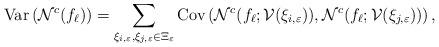
LaTeX: \begin{align*} {\rm Var} \left( \mathcal{N}^{c} (f_{\ell })\right) =\sum_{\xi_{i,\varepsilon}, \xi_{j,\varepsilon}\in \Xi_\varepsilon } {\rm Cov} \left( \mathcal{N}^{c}(f_{\ell }; {\cal V}(\xi _{i,\varepsilon }) ),\mathcal{N}^{c}(f_{\ell }; {\cal V}(\xi _{j,\varepsilon }) )\right),\end{align*}